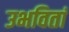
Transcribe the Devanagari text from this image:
उभवितां